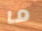
ما